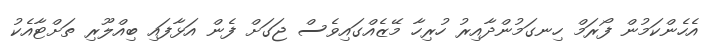
އެހެންކަމުން ފޯރަމް ހިނގަމުންދާއިރު ހުރިހާ މޭޒެއްގައިވެސް ޖަގަށް ފެން އަޅާފައި ބިއްލޫރި ތަށްޓާއެކު